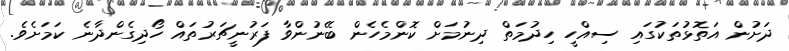
ދަށުން އަތޮޅުތަކުގައި ސިއްހީ ހިދުމަތް ދިނުމަށް ކޮންމެހެން ބޭނުންވާ ފަރުނީޗަރުތައް ހޯދިގެންދާނެ ކަަމަށެވެ.